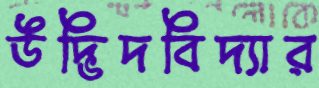
উদ্ভিদবিদ্যার